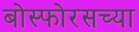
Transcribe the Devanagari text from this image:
बोस्फोरसच्या